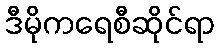
ဒီမိုကရေစီဆိုင်ရာ